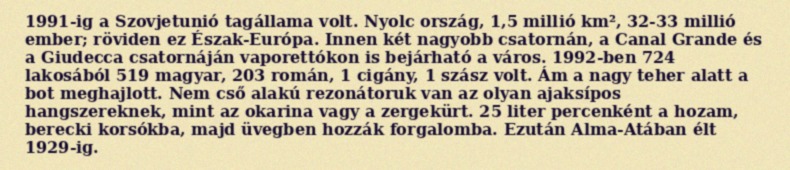
1991-ig a Szovjetunió tagállama volt. Nyolc ország, 1,5 millió km², 32-33 millió ember; röviden ez Észak-Európa. Innen két nagyobb csatornán, a Canal Grande és a Giudecca csatornáján vaporettókon is bejárható a város. 1992-ben 724 lakosából 519 magyar, 203 román, 1 cigány, 1 szász volt. Ám a nagy teher alatt a bot meghajlott. Nem cső alakú rezonátoruk van az olyan ajaksípos hangszereknek, mint az okarina vagy a zergekürt. 25 liter percenként a hozam, berecki korsókba, majd üvegben hozzák forgalomba. Ezután Alma-Atában élt 1929-ig.